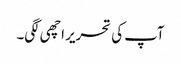
آپ کی تحریر اچھی لگی۔